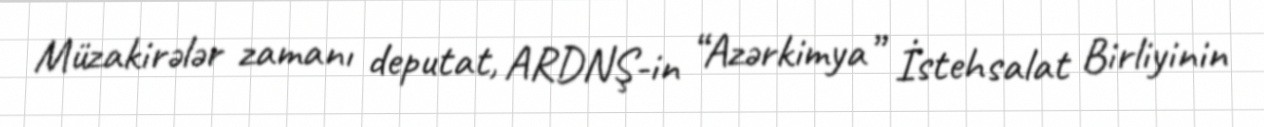
Müzakirələr zamanı deputat, ARDNŞ-in “Azərkimya” İstehsalat Birliyinin